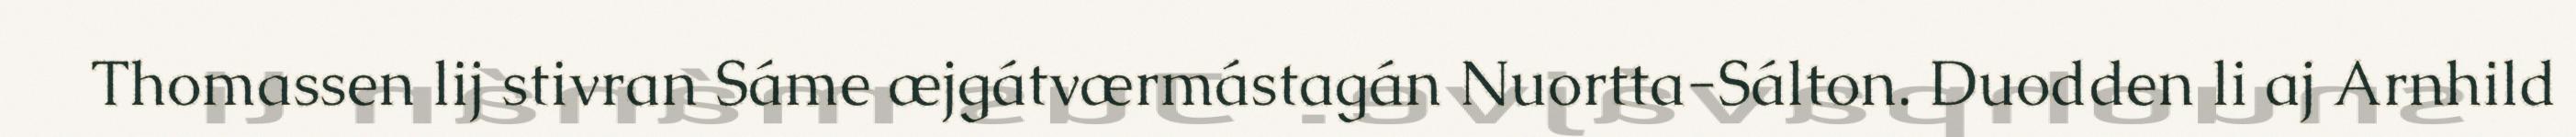
Thomassen lij stivran Sáme æjgátværmástagán Nuortta-Sálton. Duodden li aj Arnhild